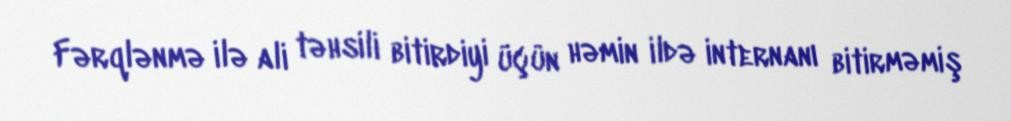
Fərqlənmə ilə ali təhsili bitirdiyi üçün həmin ildə internanı bitirməmiş